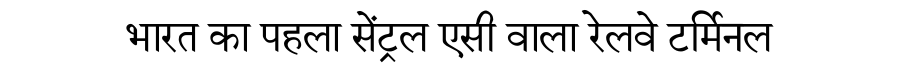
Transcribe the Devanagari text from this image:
भारत का पहला सेंट्रल एसी वाला रेलवे टर्मिनल